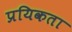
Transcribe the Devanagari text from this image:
प्रयिकता